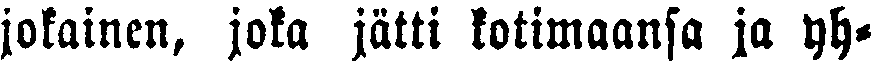
jokainen, jota jätti kotimaansa ja yh-